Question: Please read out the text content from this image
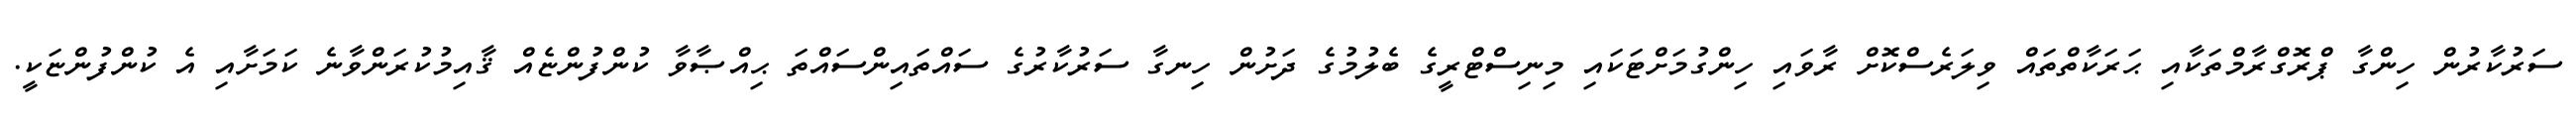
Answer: ސަރުކާރުން ހިންގާ ޕްރޮގްރާމްތަކާއި ޙަރަކާތްތައް ވިލަރެސްކޮށް ރާވައި ހިންގުމަށްޓަކައި މިނިސްޓްރީގެ ބެލުމުގެ ދަށުން ހިނގާ ސަރުކާރުގެ ސައްތައިންސައްތަ ޙިއްޞާވާ ކުންފުންޏެއް ޤާއިމުކުރަންވާނެ ކަމަށާއި އެ ކުންފުންޏަކީ.